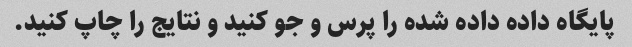
پایگاه داده داده شده را پرس و جو کنید و نتایج را چاپ کنید.